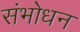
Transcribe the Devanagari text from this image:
संभोधन